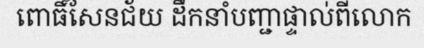
ពោធិ៍សែនជ័យ ដឹកនាំបញ្ជាផ្ទាល់ពីលោក